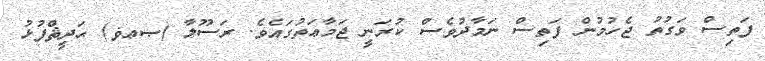
ފަތިސް ވަގުތު ޖެހުމުން ފަތިސް ނަމާދުވެސް ކުރަނީ ޖަމާޢަތުގައެވެ. ރަސޫލާ (ޞޢޥ) ޙަދީޘްފުޅު